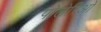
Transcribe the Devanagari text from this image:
पोलेरिओ